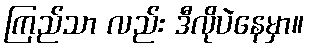
ကြည်သာ လည်း ဒီလိုပဲနေမှာ။